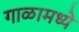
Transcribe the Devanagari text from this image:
गाळामध्ये